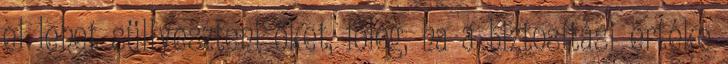
el lehet süllyeszteni őket, főleg, ha a biztosítási értéke